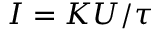
I = K U / \tau